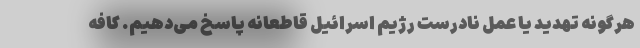
هرگونه تهدید یا عمل نادرست رژیم اسرائیل قاطعانه پاسخ می‌دهیم. کافه